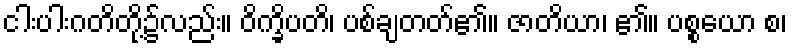
ငါးပါးဂတိတို့၌လည်း။ ဝိက္ခိပတိ၊ ပစ်ချတတ်၏။ ဇာတိယာ၊ ၏။ ပစ္စယော စ၊